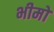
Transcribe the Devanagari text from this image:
भीमो